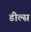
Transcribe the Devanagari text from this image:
डील्स